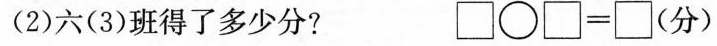
(2)六(3)班得了多少分?\Box \circ \Box =\Box(分)